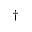
^ \dag